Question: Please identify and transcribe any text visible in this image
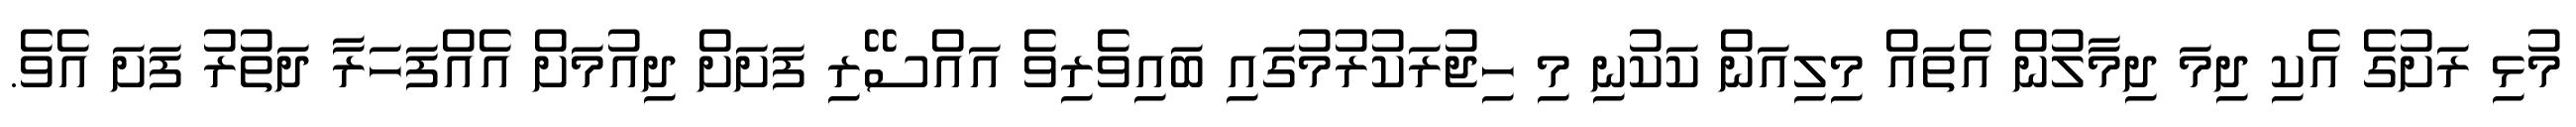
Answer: މުޅި ރަށުގެ އެކި ދިމަ ދިމާލުން އެތައް މިލިއަން ކަކުނި މި ހިޖުރަކުރުމުގައި ބައިވެރިވެ އައްސޭރި ފަށަށް ދިއުމަށް އެއްފަހަރާ ދަތުރު ފަށަ އެވެ.